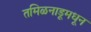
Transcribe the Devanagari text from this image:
तमिळनाडूमधून